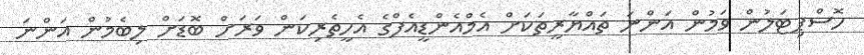
ހޮސްޕިޓަލުން ވަމުން އަންނަ ތައްޔާރީތަކަށް އެމްއެންޑީއެފްގެ އެހީތެރިކަން ވަރަށް ބޮޑަށް ލިބެމުން އަންނަ